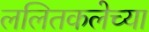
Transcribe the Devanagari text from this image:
ललितकलेच्या